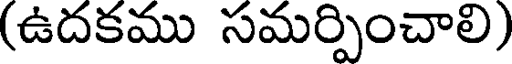
(ఉదకము సమర్పించాలి)